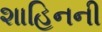
શાહિનની